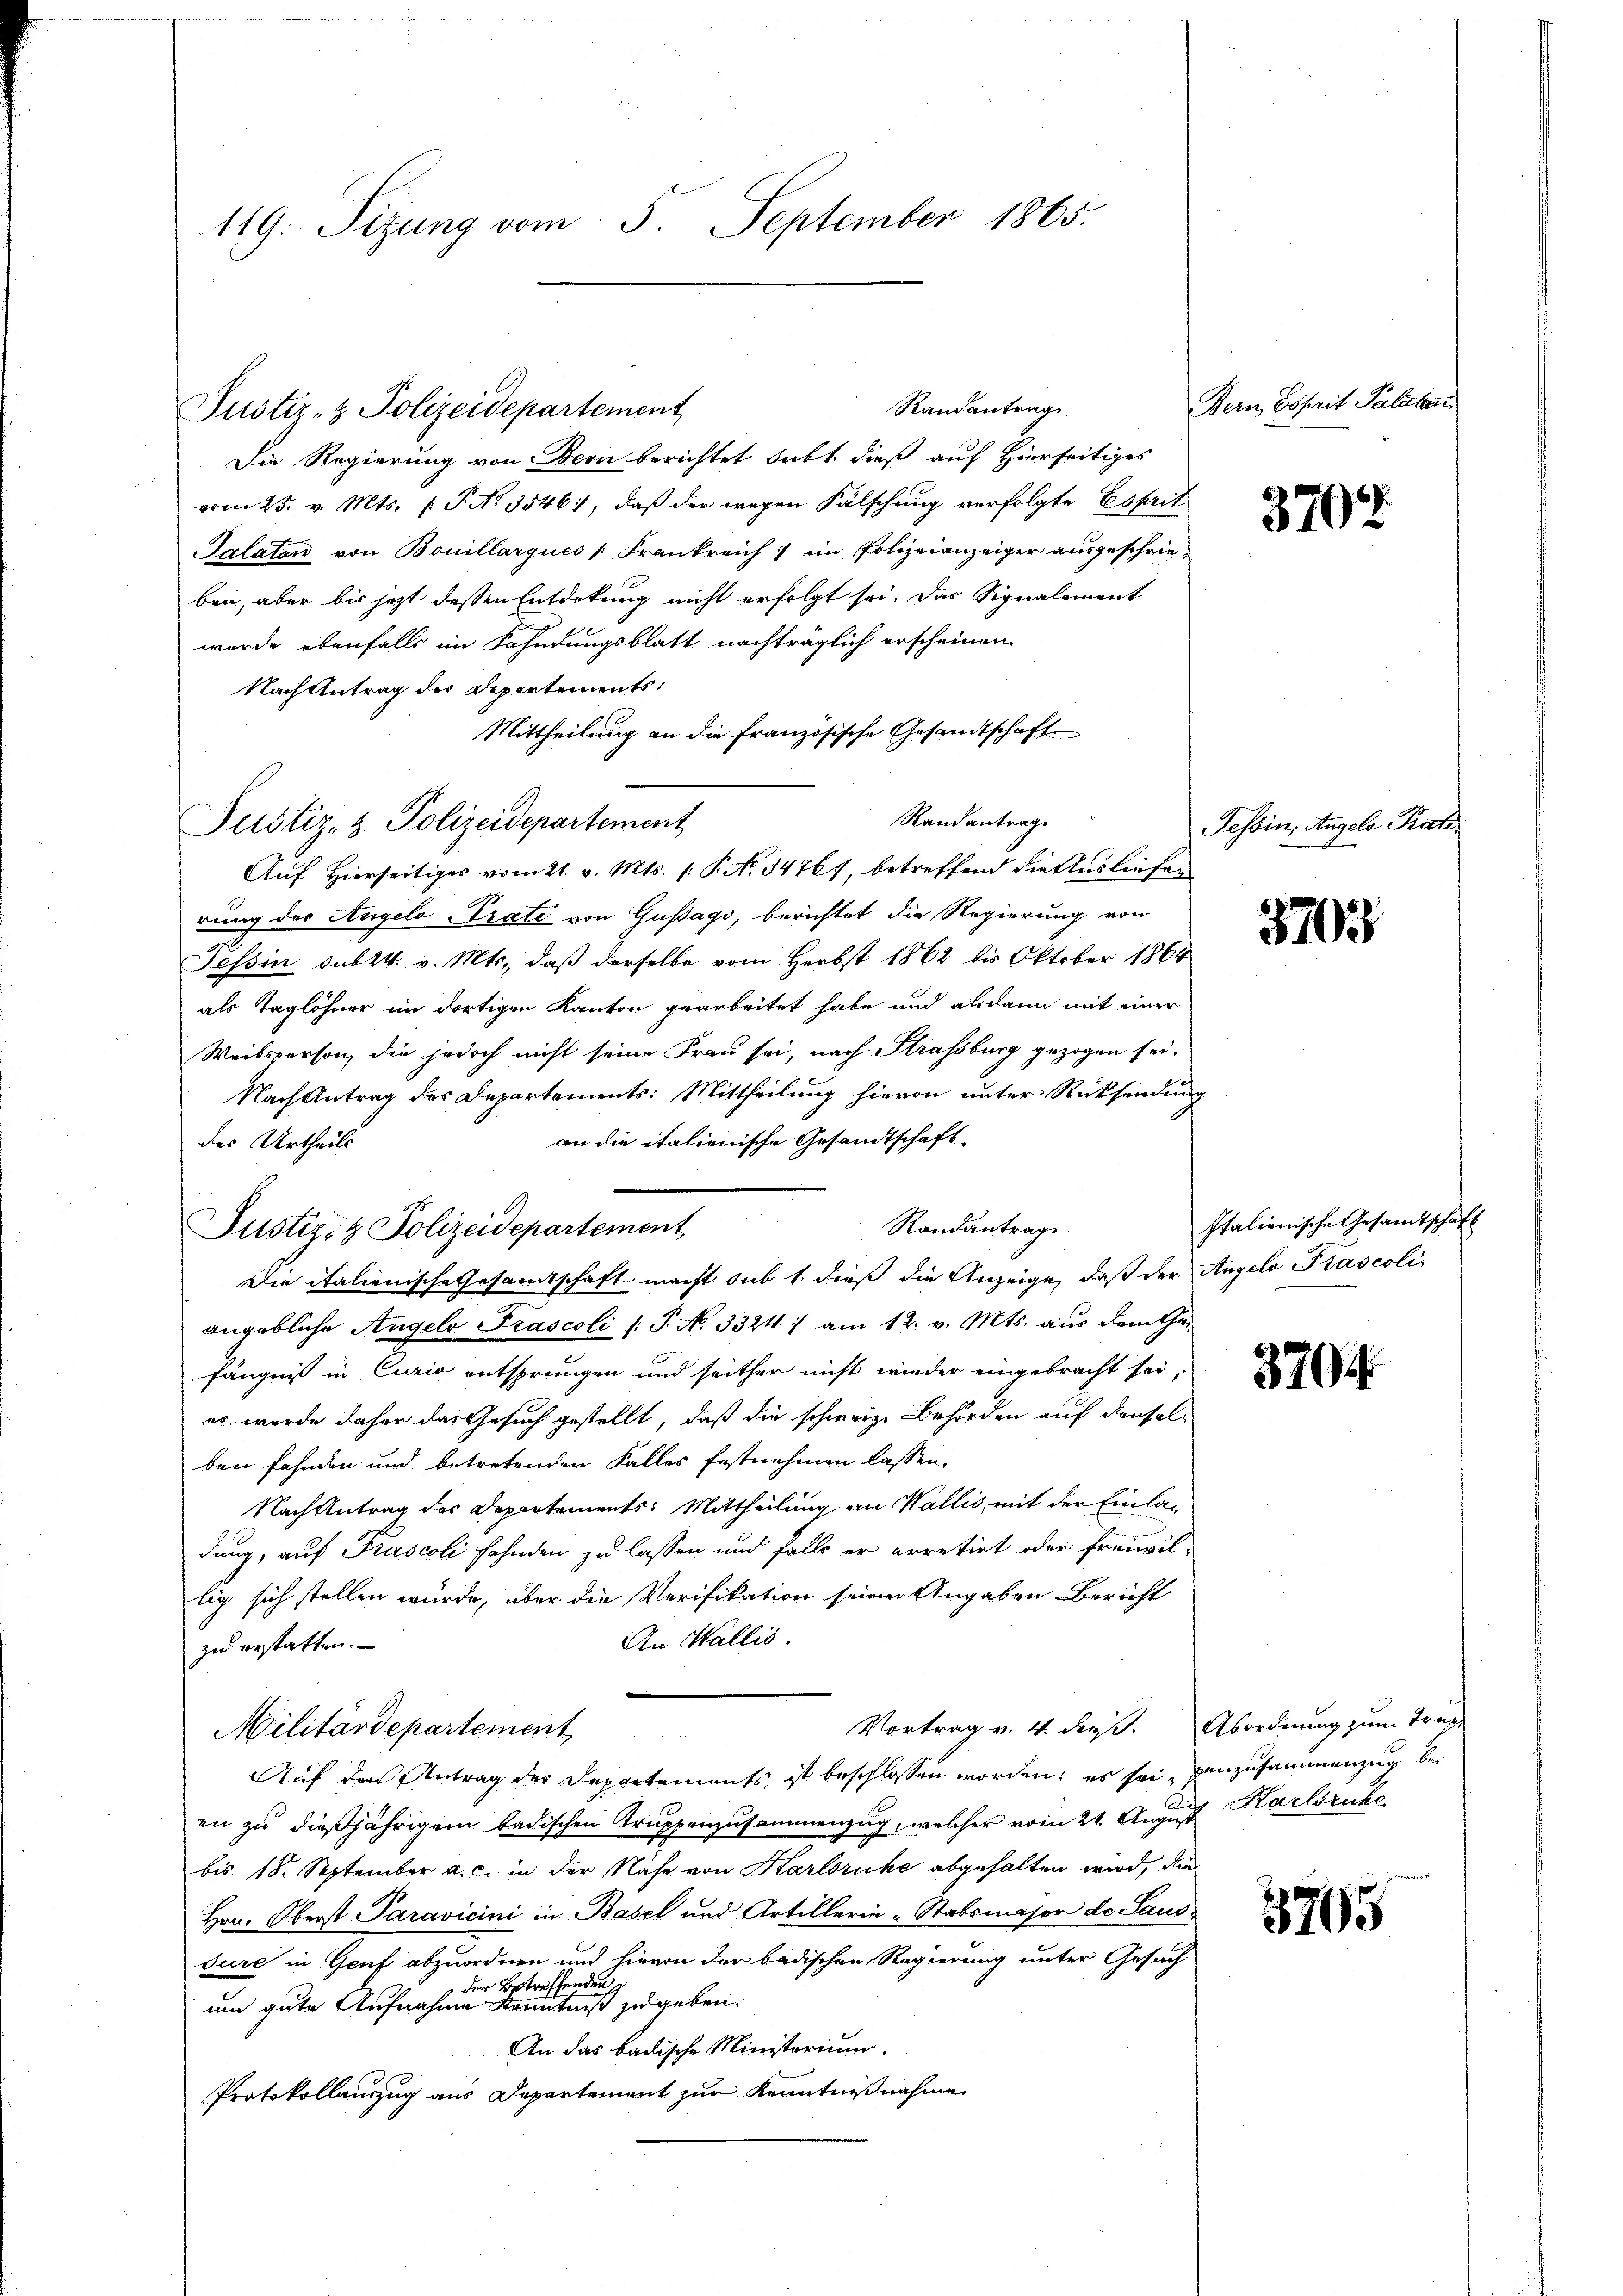
119. Sizung vom 5. September 1865.

Justiz- & Polizeidepartement

Justiz- & Polizeidepartement

Randantrag
Die Regierung von Bern berichtet subt, dieß auf Hierseitiges
vom 25. v. Mts. (T. No. 3546), daß der wegen Fälschung verfolgte Essait
Salaten von Bouillarques [Frankreich im Polizeianzeiger ausgeschrieben, aber bis jetzt dessen Entdekung nicht erfolgt sei. Das Signalement
wurde ebenfalls im Fahndungsblatt nachträglich erscheinen
Nachtentrag der Departements,
Mittheilung an die französische Gesandtschaft
Randantrag.
Auf Hierseitiges vom 21. v. Mts. 1. P. No 34767, betreffend die Ausliefen
rung des Angelo -Prati von Gussago, berichtet die Regierung von
Tessin sub 24. v. Mts., daß derselbe vom Herbst 1862 bis Oktober 1864
als Taglöhner im dortigen Kanton gearbeitet habe und alsdann mit einer
Weibsperson, die jedoch nicht seine Frau sei, nach Strassburg gezogen sei.
Nach Antrag des Departements: Mittheilung hievon unter Rücksendung
an die italienische Gesandtschaft
des Urtheils
Randantrag
Justiz- & Polizeidepartement
Die italienische Gesamtschaft macht sub 1. dieß die Anzeige, daß der Angelo Prascoliangebliche Angelo Prascoli /: P. No 3324 / am 12. v. Mts. aus dem Cha-
fängniß in Curio entsprungen und seither nicht wieder eingebracht sei,
er wurde daher das Gesuch gestellt, daß die schweiz. Behörden auf denselben fahnden und betretenden Falles festnehmen lassen.
Nach Antrag des Departements: Mittheilung an Wallis, mit der Einlan
dung, auf Prascoli Fahnden zu lassen und falls er arretirt oder freiwil-
lig sich stellen wurde, über die Verifikation seiner Angaben Bericht
An Wallis.
zu erstatten.
Vortrag v. 4. dieß. Abordnung zum Trag
Militärdepartement
Auf den Antrag des Departements, ist beschlossen worden; es sei anzusammenzug bei
en zu dießjährigem badischen Truppenzusammenzug, welcher vom 21. August Karlsruhe
bis 18. September a. c. in der Nähe von Karlsruhe abgehalten wird, die
Hrn. Oberst Paravicini in Basel und Artillerie-Stabsmasor de Sausdure in Genf abzuordnen und hievon der badischen Regierung unter Gesuch
der Betreffenden
um gute Aufnahme Kenntniß zu geben.
An das badische Ministerium.
Protokollauszug aus Departement zur Kenntnißnahme

Bern, Esprit Palatan

3704

Tessin, Angelo Kal¬

3703

Italienische Gesandtschaft

3704.

1765